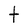
Character: t